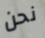
نحن